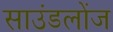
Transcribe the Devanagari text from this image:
साउंडलोंज